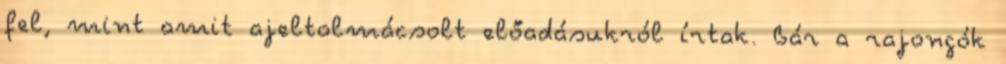
fel, mint amit ajeltolmácsolt előadásukról írtak. Bár a rajongók